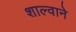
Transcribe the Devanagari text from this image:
शाल्वाने